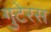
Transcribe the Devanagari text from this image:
गुटेरस